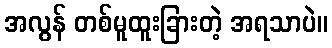
အလွန် တစ်မူထူးခြားတဲ့ အရသာပဲ။